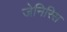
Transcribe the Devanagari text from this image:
जेनिरिस